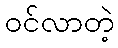
ဝင်လာတဲ့